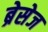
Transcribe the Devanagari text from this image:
ब्रेसेज